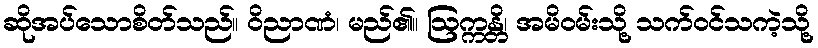
ဆိုအပ်သောစိတ်သည်။ ဝိညာဏံ၊ မည်၏။ ဩက္ကန္တိ၊ အမိဝမ်းသို့ သက်ဝင်သကဲ့သို့